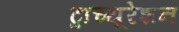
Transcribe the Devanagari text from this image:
ट्राच्यूरेशन